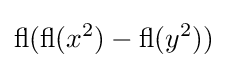
\operatorname {fl} (\operatorname {fl} (x^{2})-\operatorname {fl} (y^{2}))